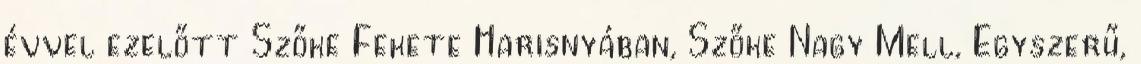
évvel ezelőtt Szőke Fekete Harisnyában, Szőke Nagy Mell, Egyszerű,